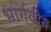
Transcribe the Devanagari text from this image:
भार्गवीय